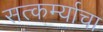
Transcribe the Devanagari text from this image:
सत्कर्म्याचा